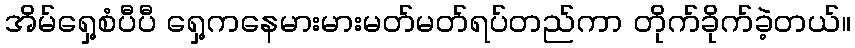
အိမ်ရှေ့စံပီပီ ရှေ့ကနေမားမားမတ်မတ်ရပ်တည်ကာ တိုက်ခိုက်ခဲ့တယ်။